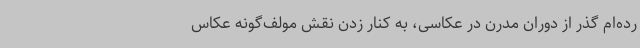
رده‌ام گذر از دوران مدرن در عکاسی، به کنار زدن نقش مولف‌گونه عکاس